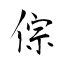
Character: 倧